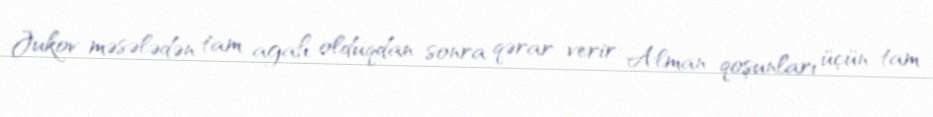
Jukov məsələdən tam agah olduqdan sonra qərar verir: Alman qoşunları üçün tam